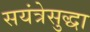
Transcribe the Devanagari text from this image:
सयंत्रेसुद्धा